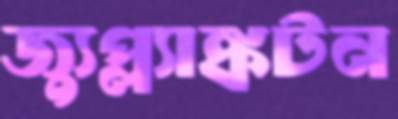
জ্যুপ্ল্যাঙ্কটন